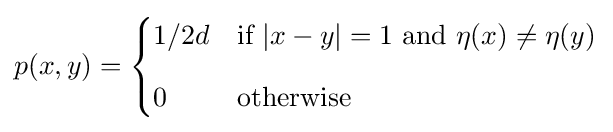
p(x,y)={\begin{cases}1/2d&{\text{if }}|x-y|=1{\text{ and }}\eta (x)\neq \eta (y)\\[8pt]0&{\text{otherwise}}\end{cases}}